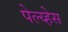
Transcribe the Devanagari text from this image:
पेल्य्हेस